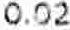
0.02